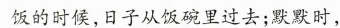
饭的时候，日子从饭碗里过去；默默时，